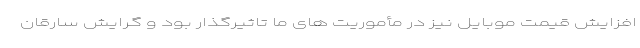
افزایش قیمت موبایل نیز در مأموریت های ما تاثیرگذار بود و گرایش سارقان